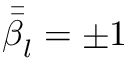
\bar { \bar { \beta } } _ { l } = \pm 1